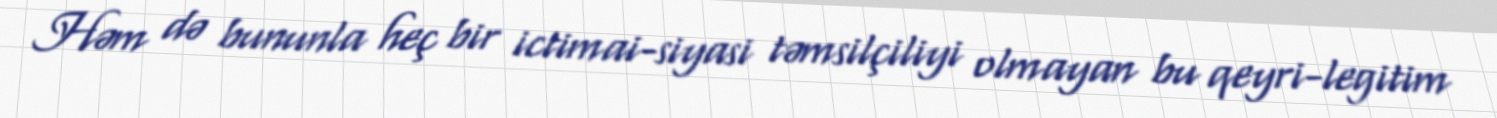
Həm də bununla heç bir ictimai-siyasi təmsilçiliyi olmayan bu qeyri-legitim